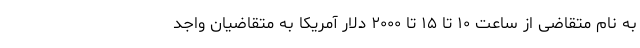
به نام متقاضی از ساعت ۱۰ تا ۱۵ تا ۲۰۰۰ دلار آمریکا به متقاضیان واجد